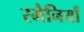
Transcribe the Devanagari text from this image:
रमैनियाँ